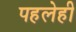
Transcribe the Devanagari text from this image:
पहलेही